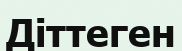
Діттеген